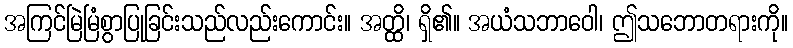
အကြင်မြဲမြံစွာပြုခြင်းသည်လည်းကောင်း။ အတ္ထိ၊ ရှိ၏။ အယံသဘာဝေါ၊ ဤသဘောတရားကို။